Indian journal of veterinary science and animal husbandry - Volumes 26-27, 1956-1957
Year: 1956
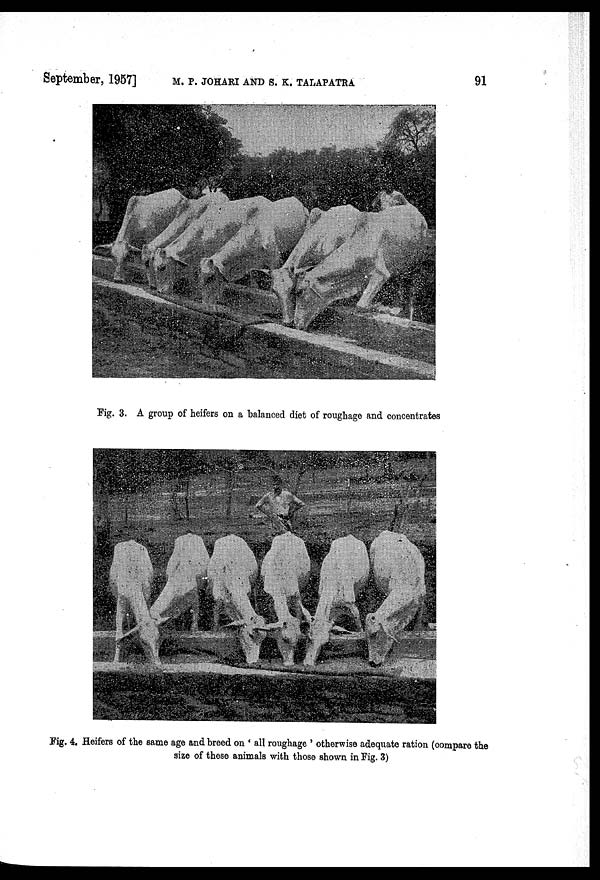
September, 1957] M. P. JOHARI AND S. K. TALAPATRA 91
Fig. 3. A group of heifers on a balanced diet of roughage and concentrates
Fig. 4. Heifers of the same age and breed on ' all roughage ' otherwise adequate ration (compare the
size of these animals with those shown in Fig. 3)